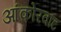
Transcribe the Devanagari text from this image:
आंकोरवाट